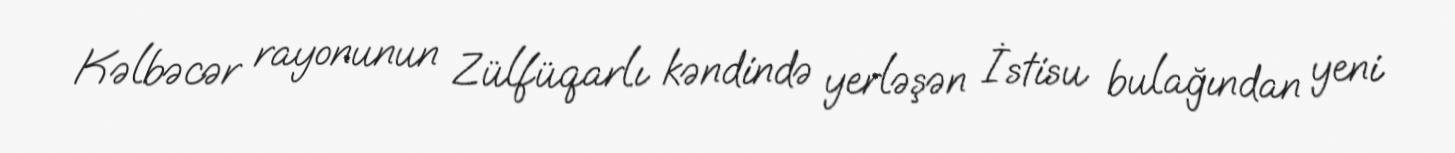
Kəlbəcər rayonunun Zülfüqarlı kəndində yerləşən İstisu bulağından yeni